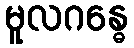
မူလဂန္ဓေ